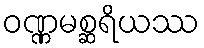
ဝဏ္ဏမစ္ဆရိယဿ